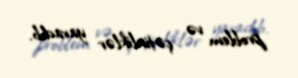
problem və çətinliklər yaradıb.